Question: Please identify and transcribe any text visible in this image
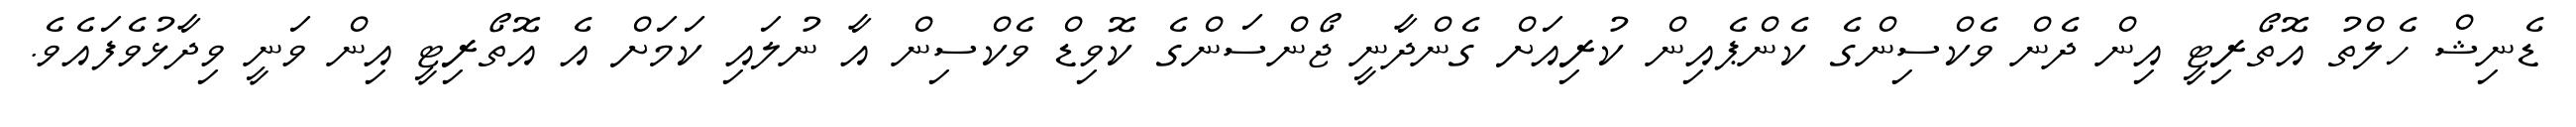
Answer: ޑެނިޝް ހެލްތު އޮތޯރިޓީ އިން ދެން ވެކްސިންގެ ކެންޕެއިން ކުރިއަށް ގެންދާނީ ޖޯންސަންގެ ކޮވިޑް ވެކްސިން އާ ނުލައި ކަމަށް އެ އޮތޯރިޓީ އިން ވަނީ ވިދާޅުވެފައެވެ.